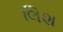
લિશ